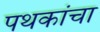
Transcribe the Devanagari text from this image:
पथकांचा